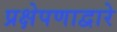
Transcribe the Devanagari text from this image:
प्रक्षेपणाद्वारे